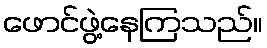
ဖောင်ဖွဲ့နေကြသည်။